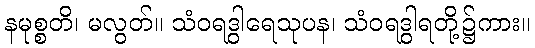
နမုစ္စတိ၊ မလွတ်။ သံဝရဒွါရေသုပန၊ သံဝရဒွါရတို့၌ကား။